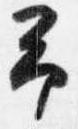
予